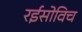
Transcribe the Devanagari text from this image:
रईसोविच